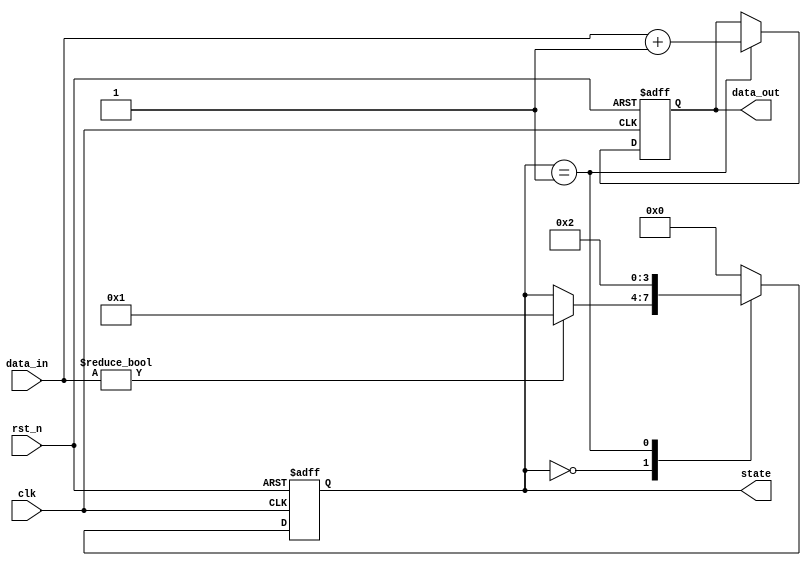
module ResetConditionBlock (
    input wire clk,               // Clock input
    input wire rst_n,             // Active-low reset signal
    input wire [7:0] data_in,     // Example data input
    output reg [7:0] data_out,     // Example data output
    output reg [3:0] state        // Internal state variable
);

// Define the states
localparam STATE_IDLE = 4'b0000;
localparam STATE_PROCESSING = 4'b0001;
localparam STATE_DONE = 4'b0010;

// Initial state
initial begin
    state = STATE_IDLE;
    data_out = 8'b0;
end

// Synchronous reset and state management
always @(posedge clk or negedge rst_n) begin
    if (!rst_n) begin
        // Reset condition: transition to reset state
        state <= STATE_IDLE;
        data_out <= 8'b0; // Reset output data
    end else begin
        // Normal operation: state transition based on input
        case (state)
            STATE_IDLE: begin
                if (data_in != 8'b0) begin
                    state <= STATE_PROCESSING; // Transition to processing state
                end
            end
            
            STATE_PROCESSING: begin
                // Example processing logic
                data_out <= data_in + 1; // Simple operation
                state <= STATE_DONE; // Transition to done state
            end
            
            STATE_DONE: begin
                // Transition back to idle after processing
                state <= STATE_IDLE;
            end
            
            default: state <= STATE_IDLE; // Default case
        endcase
    end
end

endmodule